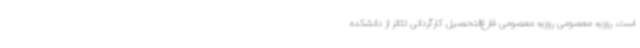
است. روزبه معصومی روزبه معصومی فارغ‌التحصیل کارگردانی تئاتر از دانشکده